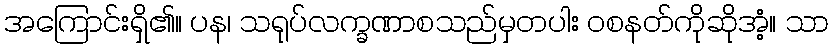
အကြောင်းရှိ၏။ ပန၊ သရုပ်လက္ခဏာစသည်မှတပါး ဝစနတ်ကိုဆိုအံ့။ သာ